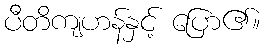
ပီတိကျဟန်နှင့် ပြော၏။